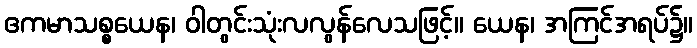
ဧကမာသစ္စယေန၊ ဝါတွင်းသုံးလလွန်လေသဖြင့်။ ယေန၊ အကြင်အရပ်၌။